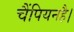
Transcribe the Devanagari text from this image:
चैंपियनहै।